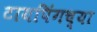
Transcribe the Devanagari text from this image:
टायपिंगच्या